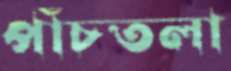
পাঁচতলা